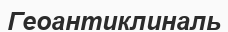
Геоантиклиналь